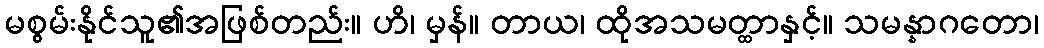
မစွမ်းနိုင်သူ၏အဖြစ်တည်း။ ဟိ၊ မှန်။ တာယ၊ ထိုအသမတ္ထာနှင့်။ သမန္နာဂတော၊